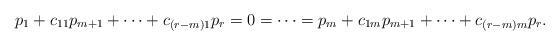
LaTeX: \begin{align*}p_1+c_{11}p_{m+1}+\cdots+c_{(r-m)1}p_r=0=\cdots=p_m+c_{1m}p_{m+1}+\cdots+c_{(r-m)m }p_r. \end{align*}